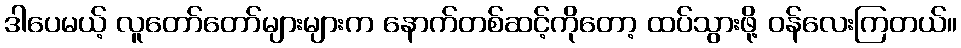
ဒါပေမယ့် လူတော်တော်များများက နောက်တစ်ဆင့်ကိုတော့ ထပ်သွားဖို့ ဝန်လေးကြတယ်။